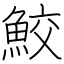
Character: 鮫